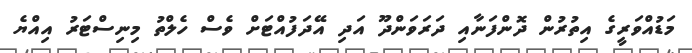
މަޑުއްވަރީގެ އިތުރުން ދޮންފަނާއި ދަރަަވަންދޫ އަދި އޭދަފުއްޓަށް ވެސް ހެލްތު މިނިސްޓަރު އިއްޔެ